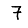
Digit: 7